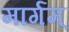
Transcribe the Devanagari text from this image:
मार्गम्‌